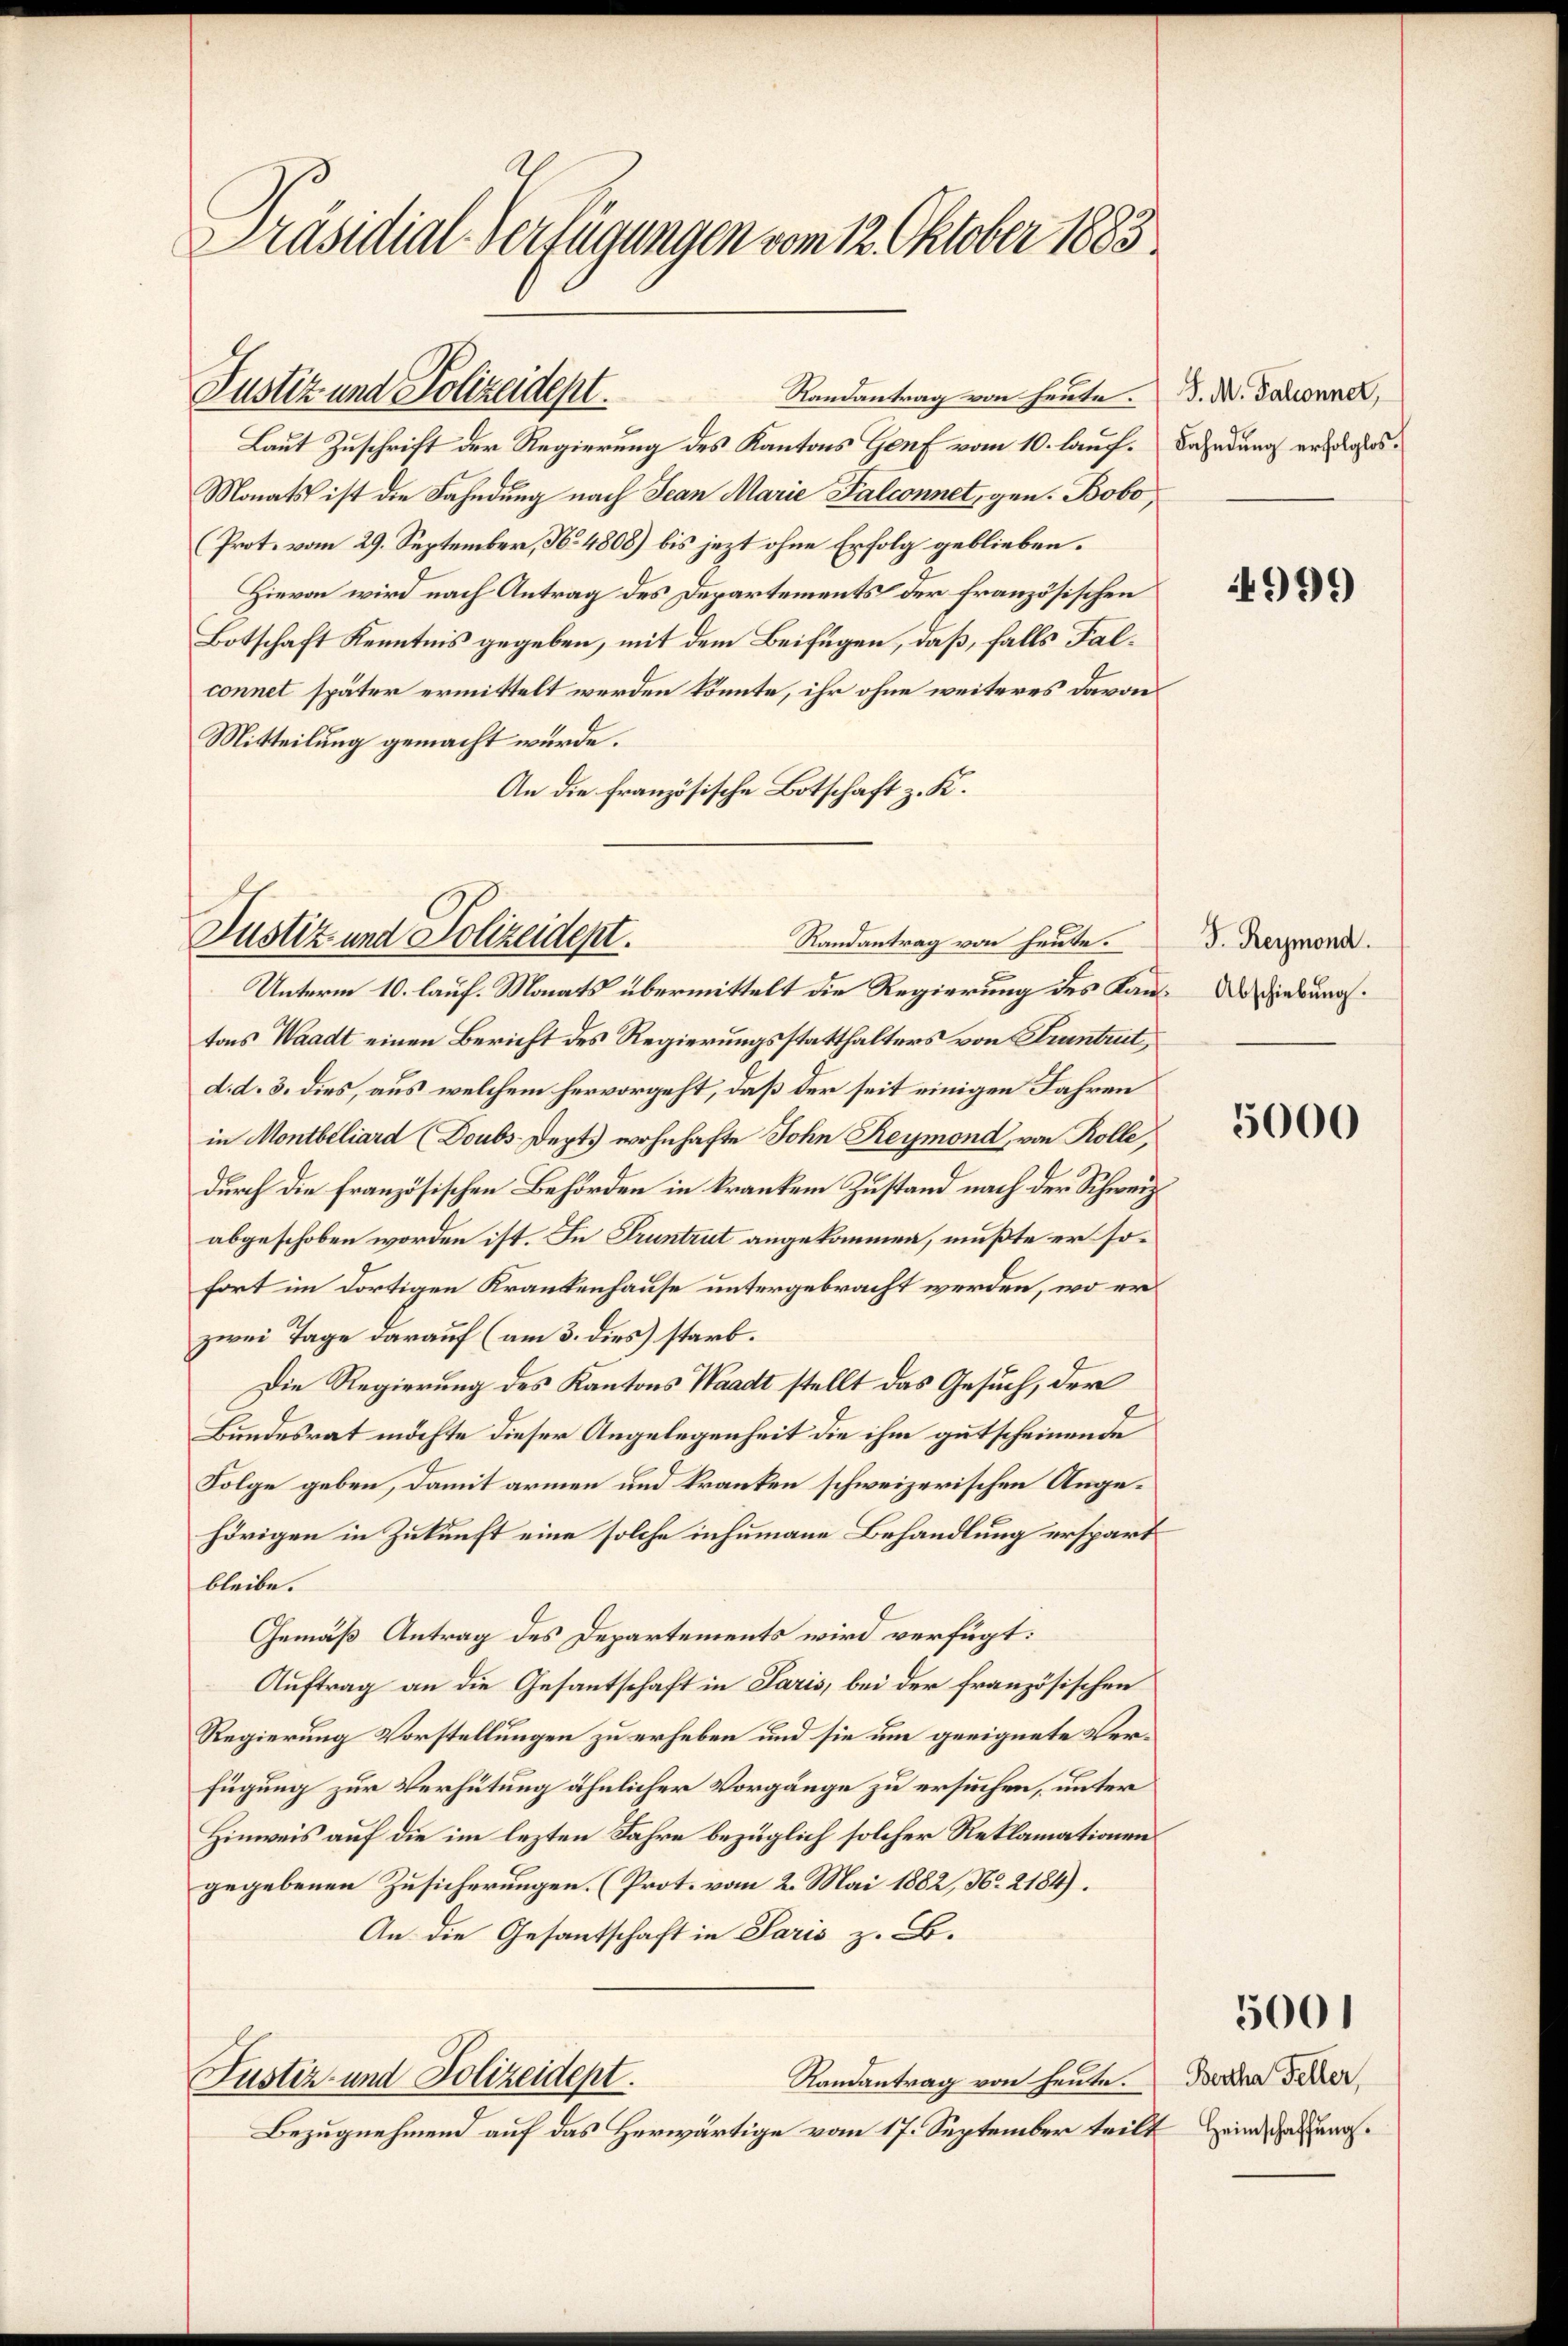
Präsidial-Verfügungen vom 12. Oktober 1883

Laut Zuschrift der Regierung des Kantons Genf vom 10. lauf. Bahndung erlas¬
Monats ist die Fahndung nach Jean Marie Palconnet, gen. Bobo,
Prot. vom 29. September, No. 4808) bis jezt ohne Erfolg geblieben.
Hievon wird nach Antrag des Departements der französischen
Botschaft Kenntnis gegeben, mit dem Beifügen, daß, falls Falconnet später ermittelt werden könnte, ihr ohne weiteres Davon
Mitteilung gemacht würde.
An die französische Botschaft z. K.

Justiz und Polizeidept.

Justiz und Polizeidept.
Randantrag von heute.

Randantrag von heute. (T. N. Talionner,

Unterm 10. lauf. Monats übermittelt die Regierung des Kantons Waadt einen Bericht des Regierungsstatthalters von Frantrut,
d. d. 3. dies, aus welchem hervorgeht, daß der seit einigen Jahren
in Montbiliard (Doubs-Dept. wohnhafte John Reymond, von Rolle,
durch die französischen Behörden in kranken Zustand nach der Schweiz.
abgeschoben worden ist. In Truntrut angekommen, mußte er sofort im dortigen Krankenhause untergebracht werden, wo er
zwei Tage darauf (am 3. dies starb.
Die Regierung des Kantons Waadt stellt das Gesuch, der
Bundesrat möchte dieser Angelegenheit die ihm gutscheinende
Folge geben, damit armen und kranken schweizerischen Angehörigen in Zukunft eine solche inhumane Behandlung erspart
bleibe.
Gemäß Antrag des Departements wird verfügt:
Auftrag an die Gesantschaft in Paris, bei der französischen
Regierung Vorstellungen zu erheben und sie um geeignete Verfügung zur Verhütung ähnlicher Vorgänge zu ersuchen, unter
Hinweis auf die im lezten Jahre bezüglich solcher Reklamationen
gegebenen Zusicherungen. (Prot. vom 2. Mai 1882, No 2184).
An die Gesantschaft in Paris z. B.
Justiz- und Polizeidept.
Randantrag von heute.
Bezugnehmend auf das Herwärtige vom 17. September teilt Heinder¬

4999

J. Reymond.
 Abschiebung.

5000

5001

Bertha Feller,